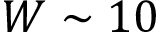
W \sim 1 0